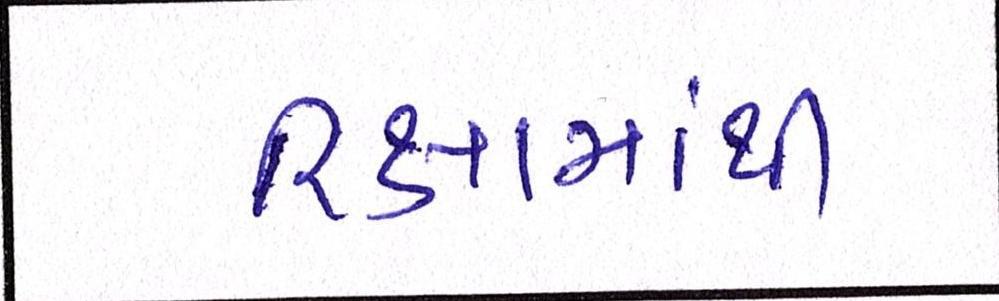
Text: રિક્ષામાંથી